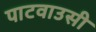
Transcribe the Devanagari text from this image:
पाटवाउसी